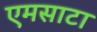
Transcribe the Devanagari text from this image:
एमसाटा